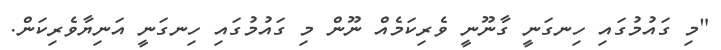
"މި ގައުމުގައި ހިނގަނީ ގާނޫނީ ވެރިކަމެއް ނޫން މި ގައުމުގައި ހިނގަނީ އަނިޔާވެރިކަން.